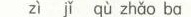
zì jǐ qù zhǎo ba